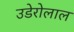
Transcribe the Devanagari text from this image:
उडेरोलाल